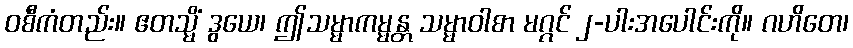
ဝစီကံတည်း။ ဧတသ္မိံ ဒွယေ၊ ဤသမ္မာကမ္မန္တ သမ္မာဝါစာ မဂ္ဂင် ၂-ပါးအပေါင်းကို။ ဂဟိတေ၊